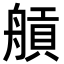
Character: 𦩼